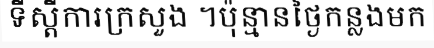
ទីស្តីការក្រសួង ។ប៉ុន្មានថ្ងៃកន្លងមក